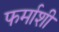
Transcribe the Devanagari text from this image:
फर्माशी